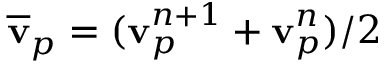
\overline { { \mathbf { v } } } _ { p } = ( \mathbf { v } _ { p } ^ { n + 1 } + \mathbf { v } _ { p } ^ { n } ) / 2